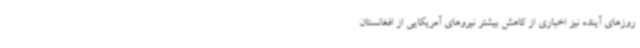
روزهای آینده نیز اخباری از کاهش بیشتر نیروهای آمریکایی از افغانستان